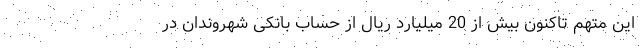
این متهم تاکنون بیش از 20 میلیارد ریال از حساب بانکی شهروندان در